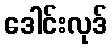
ဒေါင်းလုဒ်